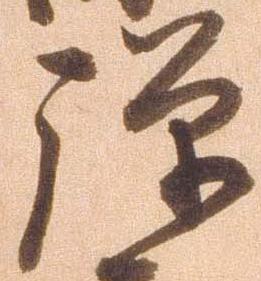
弾